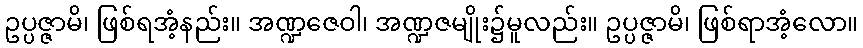
ဥပ္ပဇ္ဇာမိ၊ ဖြစ်ရအံ့နည်း။ အဏ္ဍဇေဝါ၊ အဏ္ဍဇမျိုး၌မူလည်း။ ဥပ္ပဇ္ဇာမိ၊ ဖြစ်ရာအံ့လော။